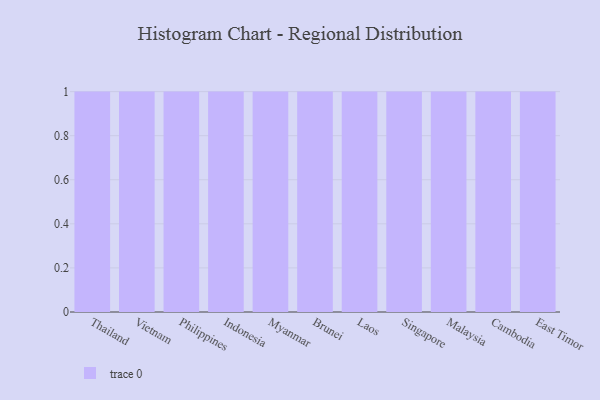
{"axis": {"x": "Country", "y": "Churn Rate (%)"}, "legend": [""], "data": [{"x": "Thailand", "y": 26, "type": ""}, {"x": "Vietnam", "y": 61, "type": ""}, {"x": "Philippines", "y": 45, "type": ""}, {"x": "Indonesia", "y": 13, "type": ""}, {"x": "Myanmar", "y": 17, "type": ""}, {"x": "Brunei", "y": 81, "type": ""}, {"x": "Laos", "y": 32, "type": ""}, {"x": "Singapore", "y": 1, "type": ""}, {"x": "Malaysia", "y": 41, "type": ""}, {"x": "Cambodia", "y": 49, "type": ""}, {"x": "East Timor", "y": 25, "type": ""}]}